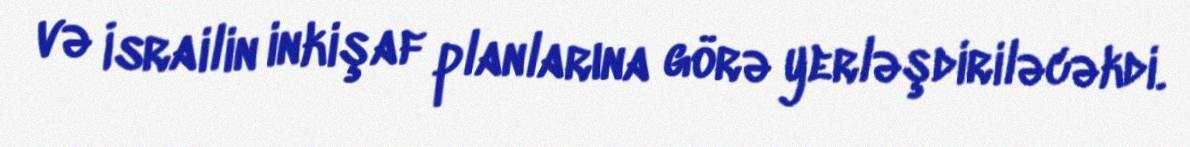
və İsrailin inkişaf planlarına görə yerləşdiriləcəkdi.